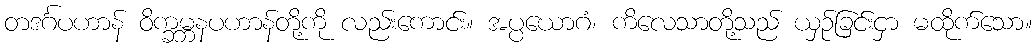
တဒင်္ဂပဟာန် ဝိက္ခမ္ဘနပဟာန်တို့ကို လည်းကောင်း။ အပ္ပယောဂံ၊ ကိလေသာတို့သည် ယှဉ်ခြင်းငှာ မထိုက်သော။